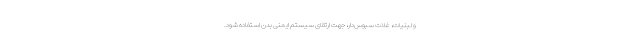
و لبنیات، غلات سبوس‌دار، جهت ارتقای سیستم ایمنی بدن استفاده شود.